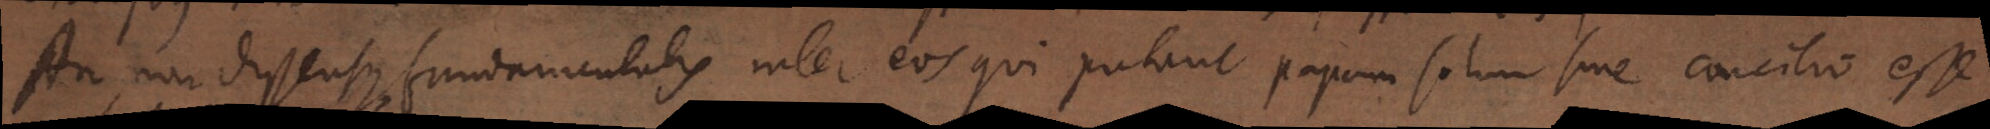
An non dissensus fundamentalis inter eos qui putant Papam solum sine concilio esse